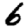
Digit: 6